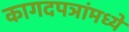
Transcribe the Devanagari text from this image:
कागदपञांमध्ये